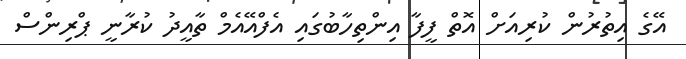
އޭގެ އިތުރުން ކުރިއަށް އޮތް ފީފާ އިންތިހާބުގައި އެފްއޭއެމް ތާއީދު ކުރާނީ ޕްރިންސް